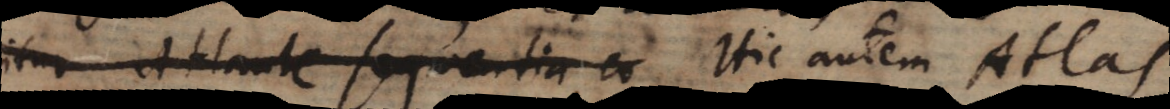
igitur Atlante sequentia co Hic autem Atlas